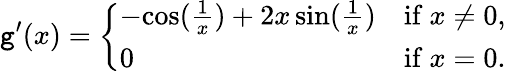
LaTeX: \mathtt{g}^{\prime}(x)={\left\{ \begin{array}{ll}{-{\mathord{\cos({\frac{1}{x}})}}+2x\sin({\frac{1}{x}})}&{{\mathrm{if~}}x\neq 0,}\\ {0}&{{\mathrm{if~}}x=0.}\end{array}\right.}